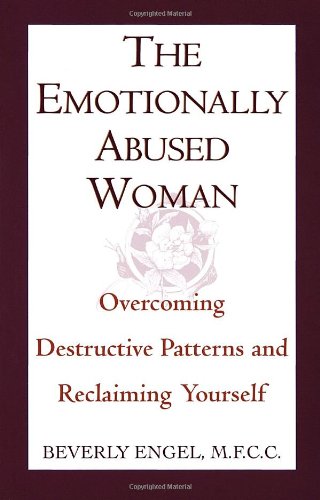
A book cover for The Emotionally Abused Woman: Overcoming Destructive Patterns and Reclaiming Yourself (Fawcett Book); Beverly Engel; Self-Help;